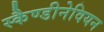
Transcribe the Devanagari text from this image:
स्कैण्डीनेवियन